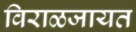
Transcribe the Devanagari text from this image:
विराळजायत